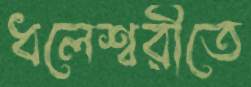
ধলেশ্বরীতে